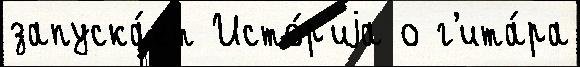
запуска́ет Исто́р'иjа о г'ита́ра